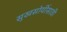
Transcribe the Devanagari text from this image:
सुखसोयींसाठी